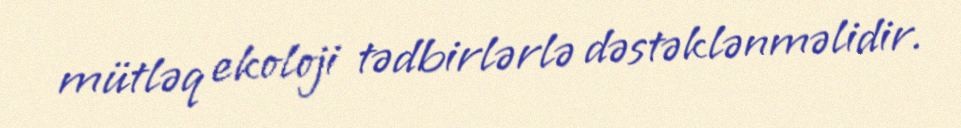
mütləq ekoloji tədbirlərlə dəstəklənməlidir.